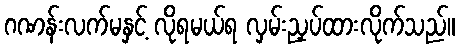
ဂဏန်းလက်မနှင့် လိုရမယ်ရ လှမ်းညှပ်ထားလိုက်သည်။